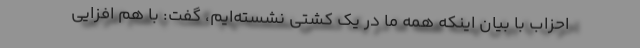
احزاب با بیان اینکه همه ما در یک کشتی نشسته‌ایم، گفت: با هم افزایی